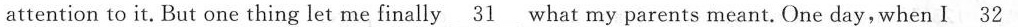
attention to it. But one thing let me finally \underline{31} what my parents meant. One day, when I \underline{32}